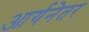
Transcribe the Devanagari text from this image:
आर्यनेतर